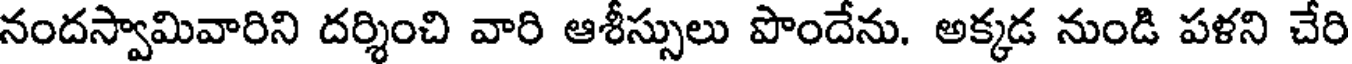
నందస్వామివారిని దర్శించి వారి ఆశీస్సులు పొందేను. అక్కడ నుండి పళని చేరి